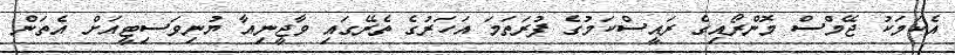
އެކަމަަކު ޖޭމްސް މޮންރޯއިގެ ރައީސްކަމުގެ ފުރަތަމަ އަހަރުގެ ތެރޭގައި ވާޖީނިއާ ޔުނިވަސިޓީއަށް އެތަން